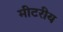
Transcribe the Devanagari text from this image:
मीटरीय